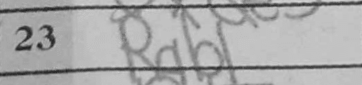
Transcription: Rab1